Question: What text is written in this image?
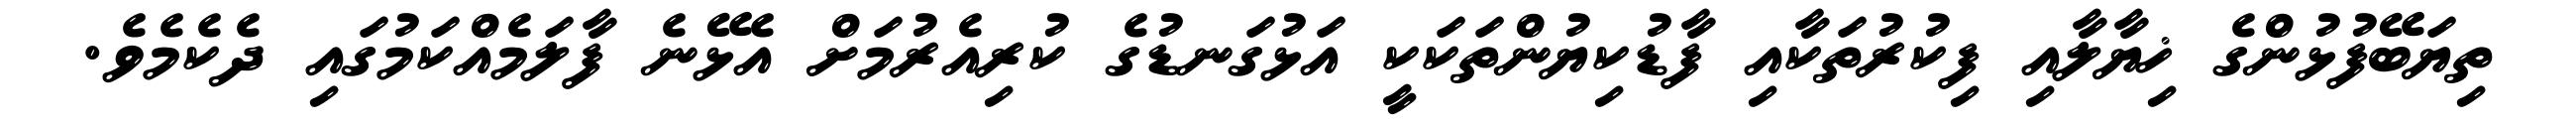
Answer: ތިޔަބޭފުޅުންގެ ޚިޔާލާއި ފިކުރުތަކާއި ފާޑުކިޔުންތަކަކީ އަޅުގަނޑުގެ ކުރިއެރުމަށް އެޅޭނެ ފާލަމެއްކަމުގައި ދެކެމެވެ.